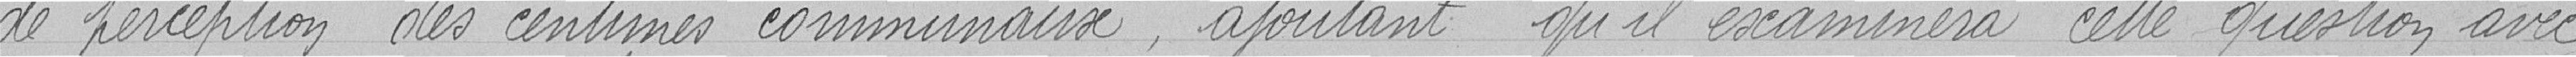
de perception des centimes communaux, ajoutant qu'il examinera cette question avec